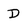
Character: D